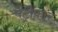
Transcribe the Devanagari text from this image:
पेंट्रीकार